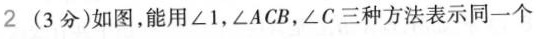
2(3分)如图，能用∠1，∠ACB，∠C三种方法表示同一个